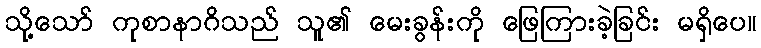
သို့သော် ကုစာနာဂိသည် သူ၏ မေးခွန်းကို ဖြေကြားခဲ့ခြင်း မရှိပေ။